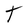
Character: T